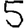
Digit: 5